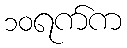
၁၀ရက်က